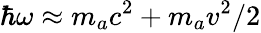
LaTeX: \hbar\omega\approx m_{a}c^{2}+m_{a}v^{2}/2